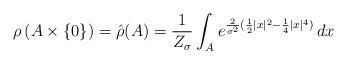
LaTeX: \begin{align*}\rho \left( A \times \left\{ 0 \right\} \right)= \hat{\rho} (A)= \frac{1}{Z_\sigma} \int_A e^{\frac{2}{\sigma^2}(\frac{1}{2} |x|^2 - \frac{1}{4} |x|^4) } \, dx \end{align*}